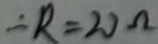
\therefore R = 2 0 \Omega